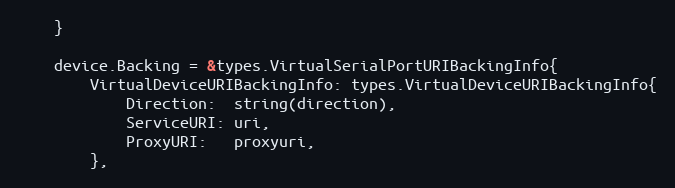
Language: Go
	}

	device.Backing = &types.VirtualSerialPortURIBackingInfo{
		VirtualDeviceURIBackingInfo: types.VirtualDeviceURIBackingInfo{
			Direction:  string(direction),
			ServiceURI: uri,
			ProxyURI:   proxyuri,
		},